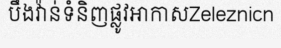
បឹងវ៉ាន់ទំនិញផ្លូវអាកាសZeleznicn